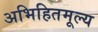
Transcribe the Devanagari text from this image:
अभिहितमूल्य